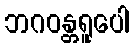
ဘဂဝန္တရူပေါ